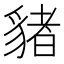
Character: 𧳯